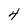
Character: 4